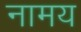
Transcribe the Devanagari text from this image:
नामय